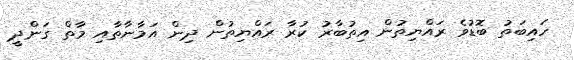
ހައިބަތު ބޮޑުވެ ރައްޔިތުން އިތުބާރު ކުރާ ރައްޔިތުން ދިން އަމާނާތާއި މާތް ގަންދީ